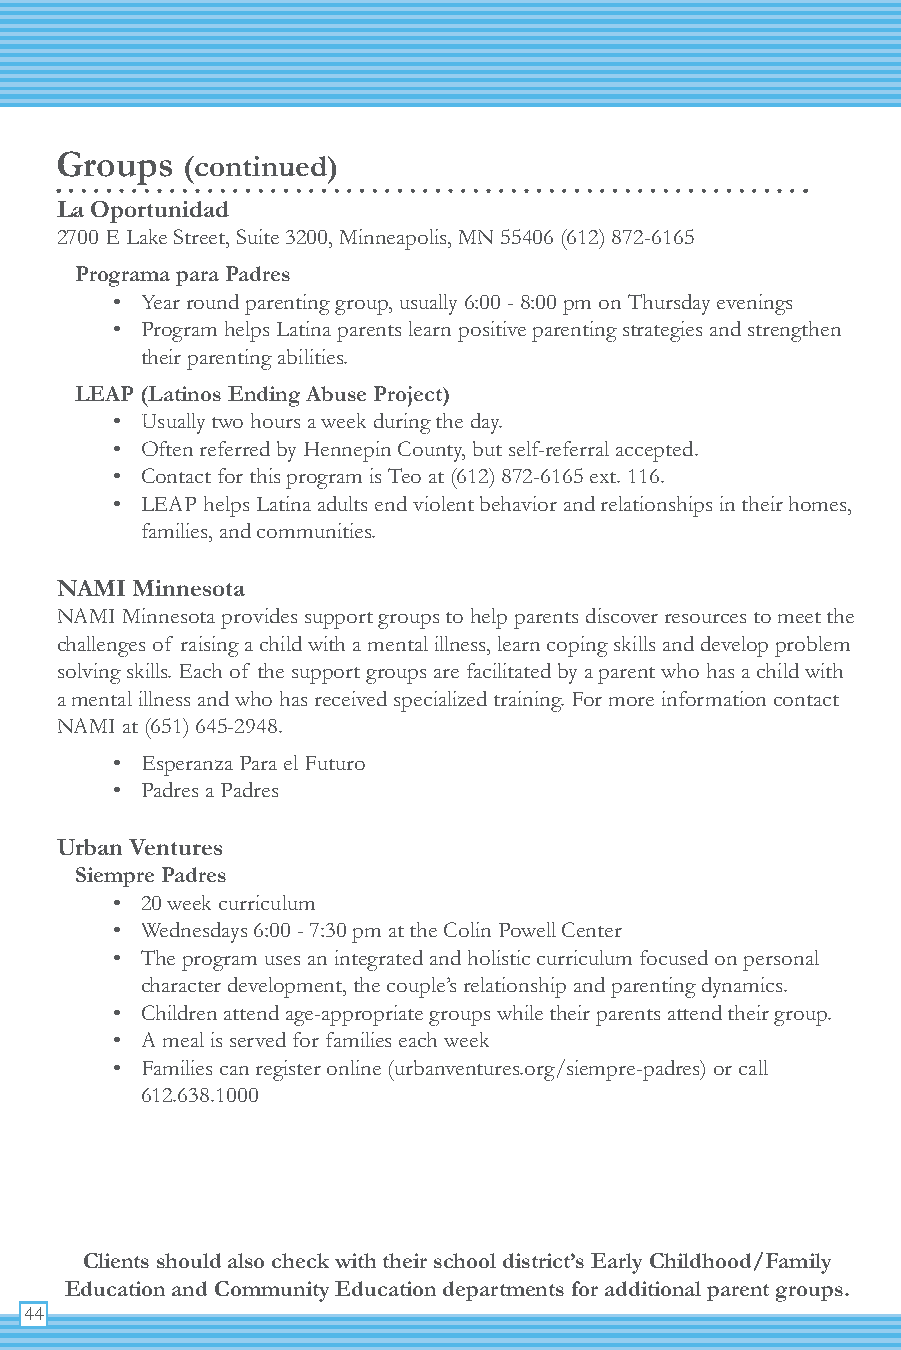
Groups  (continued)
 La Oportunidad
 2700 E Lake Street, Suite 3200, Minneapolis, MN 55406 (612) 872-6165
 Programa para Padres
 • Year round parenting group, usually 6:00 - 8:00 pm on Thursday evenings
 • Program helps Latina parents learn positive parenting strategies and strengthen
 their parenting abilities.
 LEAP (Latinos Ending Abuse Project)
 • Usually two hours a week during the day.
 • Often referred by Hennepin County, but self-referral accepted.
 • Contact for this program is Teo at (612) 872-6165 ext. 116.
 • LEAP helps Latina adults end violent behavior and relationships in their homes,
 families, and communities.
 NAMI Minnesota
 NAMI Minnesota provides support groups to help parents discover resources to meet the
 challenges of raising a child with a mental illness, learn coping skills and develop problem
 solving skills. Each of the support groups are facilitated by a parent who has a child with
 a mental illness and who has received specialized training. For more information contact
 NAMI at (651) 645-2948.
 • Esperanza Para el Futuro
 • Padres a Padres
 Urban Ventures
 Siempre Padres
 • 20 week curriculum
 • Wednesdays 6:00 - 7:30 pm at the Colin Powell Center
 • The program uses an integrated and holistic curriculum focused on personal
 character development, the couple’s relationship and parenting dynamics.
 • Children attend age-appropriate groups while their parents attend their group.
 • A meal is served for families each week
 • Families can register online (urbanventures.org/siempre-padres) or call
 612.638.1000
 Clients should also check with their school district’s Early Childhood/Family
 Education and Community Education departments for additional parent groups.
 44